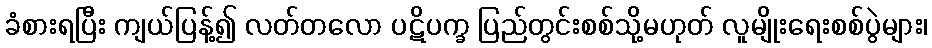
ခံစားရပြီး ကျယ်ပြန့်၍ လတ်တလော ပဋိပက္ခ ပြည်တွင်းစစ်သို့မဟုတ် လူမျိုးရေးစစ်ပွဲများ၊